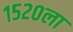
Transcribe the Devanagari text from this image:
१५२०ला